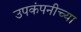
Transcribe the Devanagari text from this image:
उपकंपनीच्या